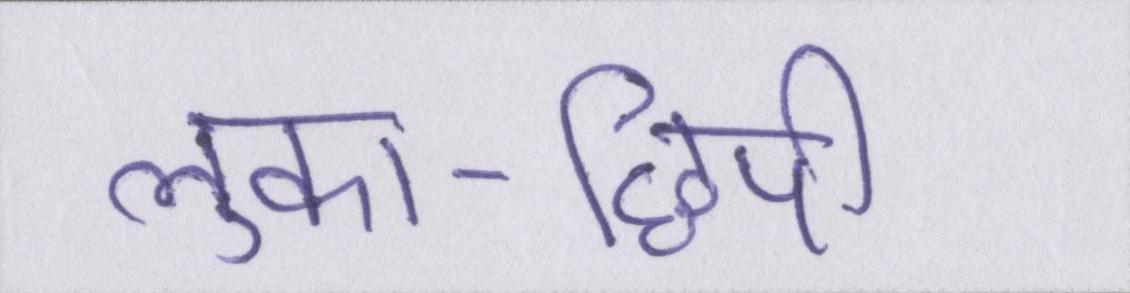
लुका-छिपी